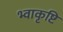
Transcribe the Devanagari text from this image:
भ्वाकृष्टि